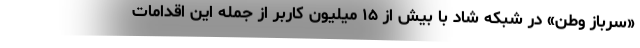
«سرباز وطن» در شبکه شاد با بیش از ۱۵ میلیون کاربر از جمله این اقدامات